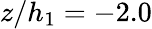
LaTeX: z/h_{1}=-2.0